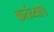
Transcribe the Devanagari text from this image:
कर्तव्याचे